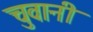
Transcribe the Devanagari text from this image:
चुवानी